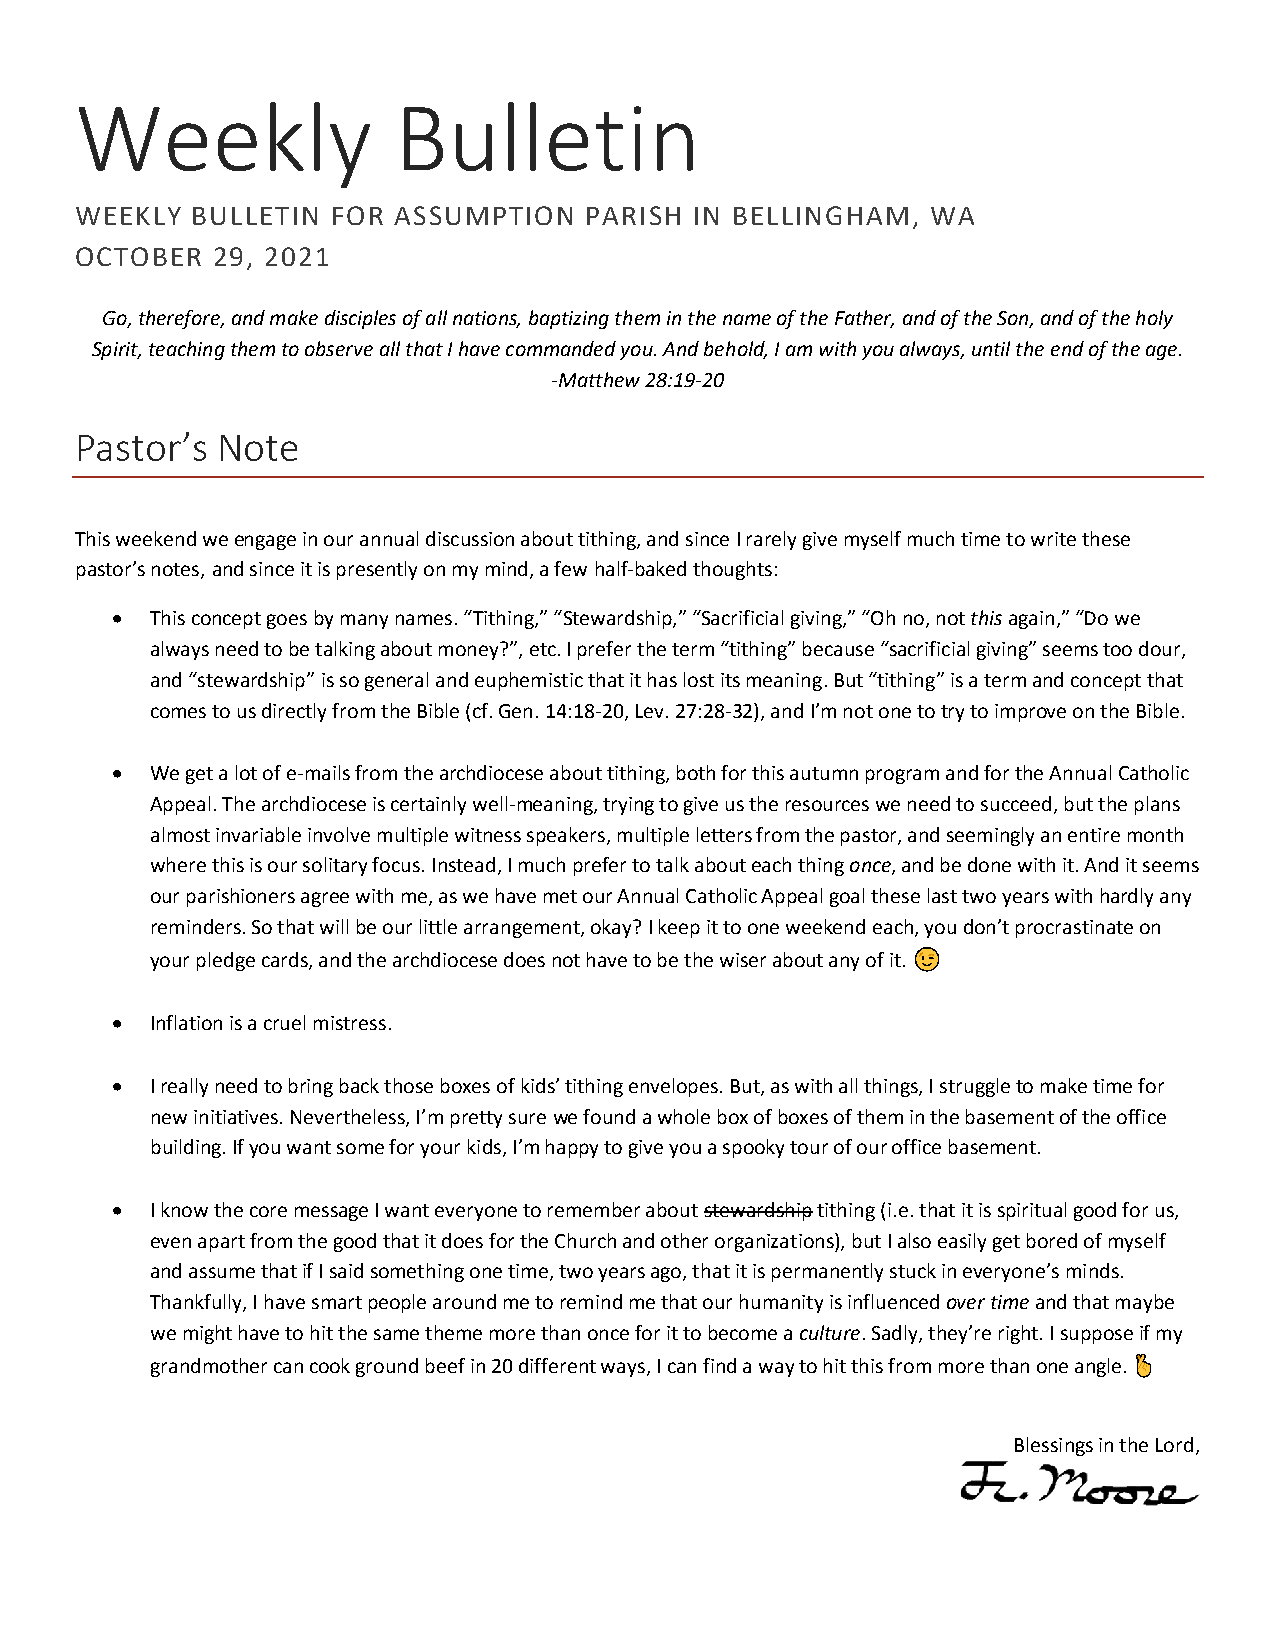
Weekly               Bulletin
 WEEKLY  BULLETIN FOR ASSUMPTION   PARISH IN BELLINGHAM,  WA
 OCTOBER  29, 2021
 Go, therefore, and make disciples of all nations, baptizing them in the name of the Father, and of the Son, and of the holy
 Spirit, teaching them to observe all that I have commanded you. And behold, I am with you always, until the end of the age.
 -Matthew 28:19-20
 Pastor’s Note
 This weekend we engage in our annual discussion about tithing, and since I rarely give myself much time to write these
 pastor’s notes, and since it is presently on my mind, a few half-baked thoughts:
 •  This concept goes by many names. “Tithing,” “Stewardship,” “Sacrificial giving,” “Oh no, not this again,” “Do we
 always need to be talking about money?”, etc. I prefer the term “tithing” because “sacrificial giving” seems too dour,
 and “stewardship” is so general and euphemistic that it has lost its meaning. But “tithing” is a term and concept that
 comes to us directly from the Bible (cf. Gen. 14:18-20, Lev. 27:28-32), and I’m not one to try to improve on the Bible.
 •  We get a lot of e-mails from the archdiocese about tithing, both for this autumn program and for the Annual Catholic
 Appeal. The archdiocese is certainly well-meaning, trying to give us the resources we need to succeed, but the plans
 almost invariable involve multiple witness speakers, multiple letters from the pastor, and seemingly an entire month
 where this is our solitary focus. Instead, I much prefer to talk about each thing once, and be done with it. And it seems
 our parishioners agree with me, as we have met our Annual Catholic Appeal goal these last two years with hardly any
 reminders. So that will be our little arrangement, okay? I keep it to one weekend each, you don’t procrastinate on
 your pledge cards, and the archdiocese does not have to be the wiser about any of it.
 •  Inflation is a cruel mistress.
 •  I really need to bring back those boxes of kids’ tithing envelopes. But, as with all things, I struggle to make time for
 new initiatives. Nevertheless, I’m pretty sure we found a whole box of boxes of them in the basement of the office
 building. If you want some for your kids, I’m happy to give you a spooky tour of our office basement.
 •  I know the core message I want everyone to remember about stewardship tithing (i.e. that it is spiritual good for us,
 even apart from the good that it does for the Church and other organizations), but I also easily get bored of myself
 and assume that if I said something one time, two years ago, that it is permanently stuck in everyone’s minds.
 Thankfully, I have smart people around me to remind me that our humanity is influenced over time and that maybe
 we might have to hit the same theme more than once for it to become a culture. Sadly, they’re right. I suppose if my
 grandmother can cook ground beef in 20 different ways, I can find a way to hit this from more than one angle.
 Blessings in the Lord,